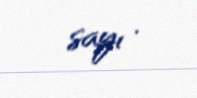
sayı .